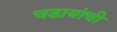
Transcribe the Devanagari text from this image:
चढायांची